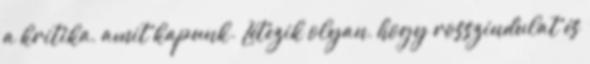
a kritika, amit kapunk. Létezik olyan, hogy rosszindulat és